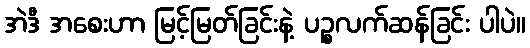
အဲဒီ အစေးဟာ မြင့်မြတ်ခြင်းနဲ့ ပဉ္စလက်ဆန်ခြင်း ပါပဲ။